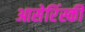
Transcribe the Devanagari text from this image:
आसेरिंस्की